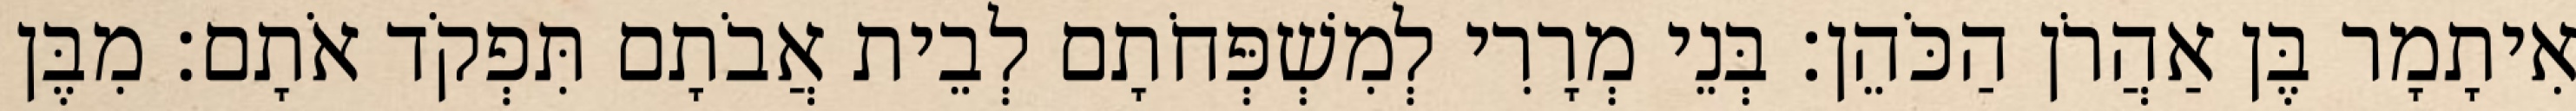
אִיתָמָר בֶּן אַהֲרֹן הַכֹּהֵן׃ בְּנֵי מְרָרִי לְמִשְׁפְּחֹתָם לְבֵית אֲבֹתָם תִּפְקֹד אֹתָם׃ מִבֶּן